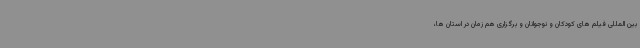
بین المللی فیلم های کودکان و نوجوانان و برگزاری هم زمان در استان ها،